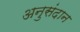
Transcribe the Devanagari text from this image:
अनुसंदान